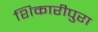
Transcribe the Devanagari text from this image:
शिकारीपुरा